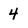
Character: 4